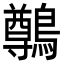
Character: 鷷